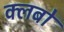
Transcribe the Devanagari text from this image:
क्‍लबों